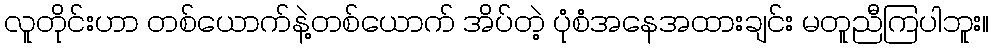
လူတိုင်းဟာ တစ်ယောက်နဲ့တစ်ယောက် အိပ်တဲ့ ပုံစံအနေအထားချင်း မတူညီကြပါဘူး။